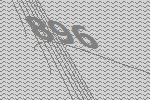
896